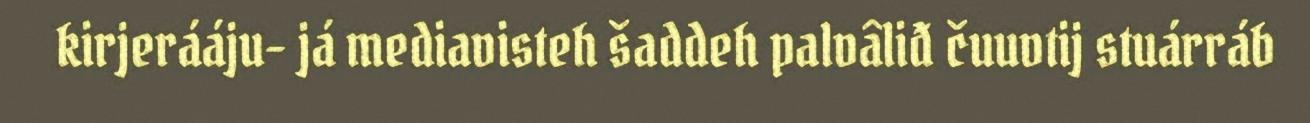
kirjerááju- já mediavisteh šaddeh palvâliđ čuuvtij stuárráb